Report on horse surra - Volume I
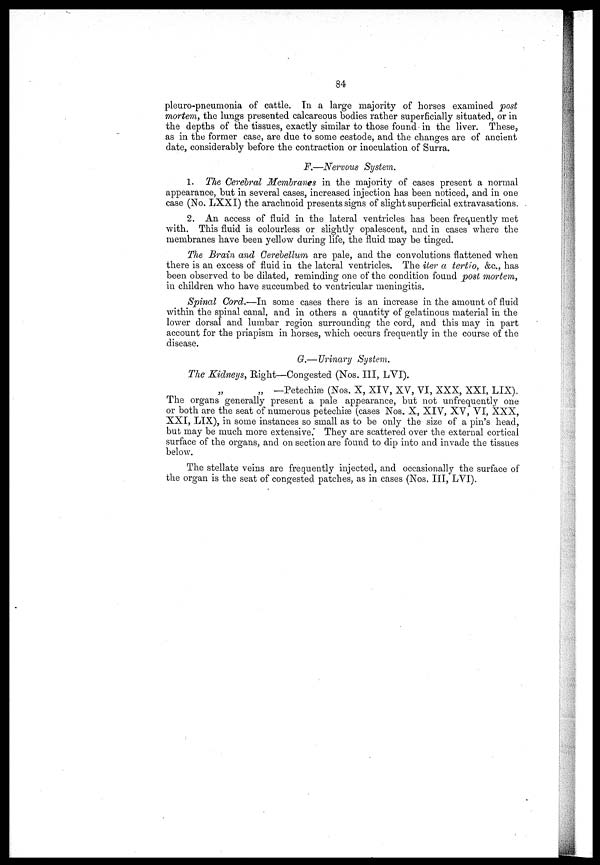
84
pleuropneumonia of cattle. In a large majority of horses examined post
mortem, the lungs presented calcareous bodies rather superficially situated, or in
the depths of the tissues, exactly similar to those found in the liver. These,
as in the former case, are due to some cestode, and the changes are of ancient
date, considerably before the contraction or inoculation of Surra.
F.—Nervous System.
1. The Cerebral Membranes in the majority of cases present a normal
appearance, but in several cases, increased injection has been noticed, and in one
case (No. LXXI) the arachnoid presents signs of slight superficial extravasations.
2. An access of fluid in the lateral ventricles has been frequently met
with. This fluid is colourless or slightly opalescent, and in cases where the
membranes have been yellow during life, the fluid may be tinged.
The Brain and Cerebellum are pale, and the convolutions flattened when
there is an excess of fluid in the latcral ventricles. The iter a tertio, &c, has
been observed to be dilated, reminding one of the condition found post mortem,
in children who have succumbed to ventricular meningitis.
Spinal Cord.—In some cases there is an increase in the amount of fluid
within the spinal canal, and in others a quantity of gelatinous material in the
lower dorsal and lumbar region surrounding the cord, and this may in part
account for the priapism in horses, which occurs frequently in the course of the
disease.
G.—Urinary System.
The Kidneys, Eight—Congested (Nos. III, LVI).
„ „ —Petechiæ (Nos. X, XIV, XV, VI, XXX, XXI, LIX).
The organs generally present a pale appearance, but not unfrequently one
or both are the seat of numerous petechiæ (cases Nos. X, XIV, XV, VI, XXX,
XXI, LIX), in some instances so small as to be only the size of a pin's head,
bub may be much more extensive.' They are scattered over the external cortical
surface of the organs, and on section are found to dip into and invade the tissues
below.
The stellate veins are frequently injected, and occasionally the surface of
the organ is the seat of congested patches, as in cases (Nos. III, LVI).